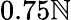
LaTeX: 0.75\mathbb{N}